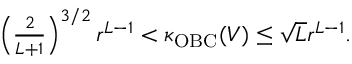
\begin{array} { r } { \left( \frac { 2 } { L + 1 } \right) ^ { 3 / 2 } r ^ { L - 1 } < \kappa _ { \mathrm { O B C } } ( V ) \leq \sqrt { L } r ^ { L - 1 } . } \end{array}